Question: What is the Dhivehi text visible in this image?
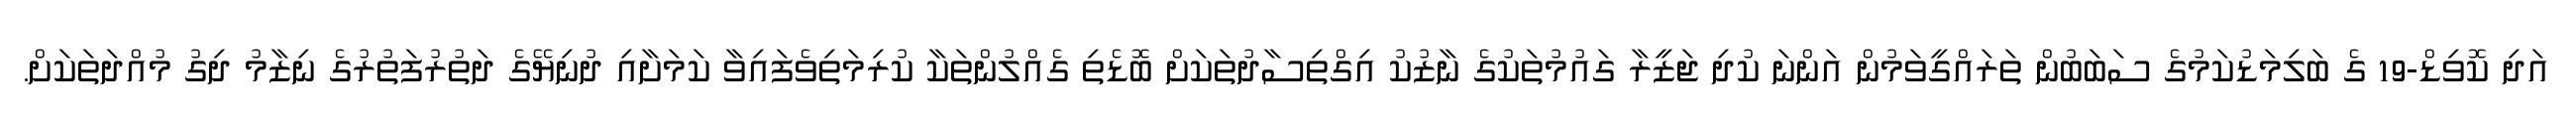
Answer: އަދި ކޮވިޑް-19 ގެ ބަލިމަޑުކަމުގެ ސަބަބުން ތަރައްގީވަމުން އަންނަ ކުދި ޖަޒީރާ ގައުމުތަކުގެ ނާޒުކު އިގްތިސާދުތަކަށް ބޮޑެތި ގެއްލުންތަކާ ކުރިމަތިވެފައިވާ ކަމަށާއި ދުނިޔޭގެ ދަތުރުފަތުރުގެ ނިޒާމު ދިގު މުއްދަތަކަށް.